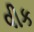
વીક